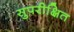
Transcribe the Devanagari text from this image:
सुपरीक्षित